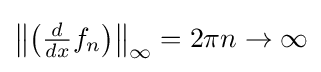
\left\|\left({\tfrac {d}{dx}}f_{n}\right)\right\|_{\infty }=2\pi n\to \infty